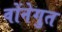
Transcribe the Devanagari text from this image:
वोंनेगुत